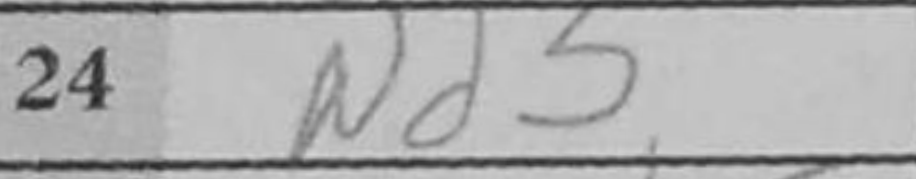
Transcription: Nd5